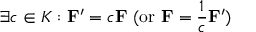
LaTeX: \exists c \in K : \mathbf { F } ^ { \prime } = c \mathbf { F } { \mathrm { ~ ( o r ~ } } \mathbf { F } = { \frac { 1 } { c } } \mathbf { F } ^ { \prime } { \mathrm { ) } }